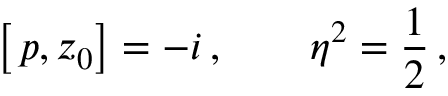
\left[ \, p , z _ { 0 } \right] = - i \, , \qquad \eta ^ { 2 } = \frac 1 2 \, ,